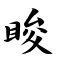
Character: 睃